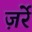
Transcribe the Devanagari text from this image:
ज़र्रे